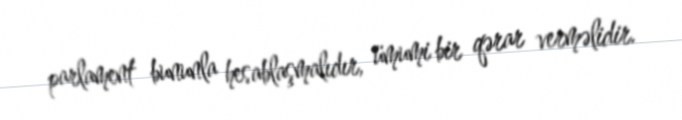
parlament bununla hesablaşmalıdır, ümumi bir qərar verməlidir.